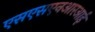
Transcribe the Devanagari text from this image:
एसएसएनआरआई